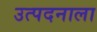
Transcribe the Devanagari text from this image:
उत्पदनाला